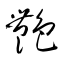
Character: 艷